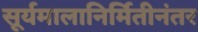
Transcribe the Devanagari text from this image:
सूर्यमालानिर्मितीनंतर